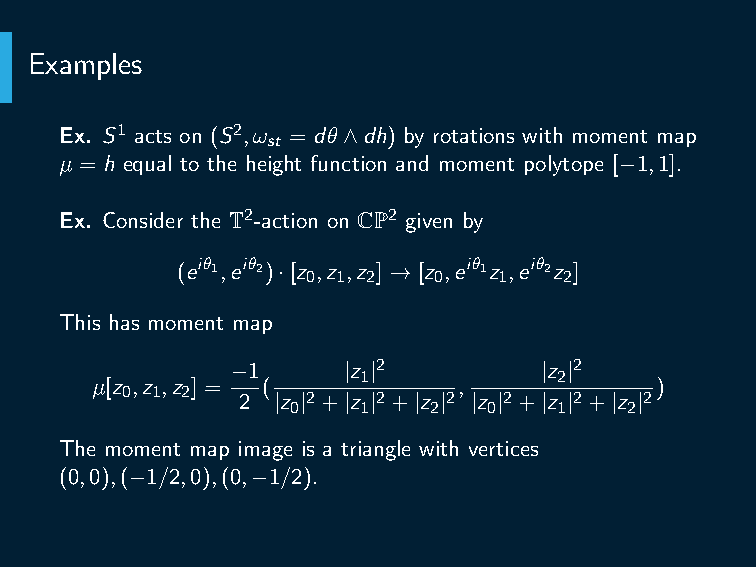
Examples
 Ex. S1 acts on (S2,ω = dθ∧dh) by rotations with moment map
 st
 µ = h equal to the height function and moment polytope [−1,1].
 Ex. Consider the T2-action on CP2 given by
 (eiθ1,eiθ2)·[z ,z ,z ] → [z ,eiθ1z ,eiθ2z ]
 0 1 2    0   1   2
 This has moment map
 −1      |z |2        |z |2
 1            2
 µ[z ,z ,z ] = (         ,            )
 0 1 2   2 |z |2+|z |2+|z |2 |z |2+|z |2+|z |2
 0    1   2   0    1    2
 The moment map image is a triangle with vertices
 (0,0),(−1/2,0),(0,−1/2).